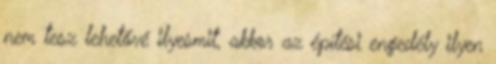
nem tesz lehetővé ilyesmit, akkor az építési engedély ilyen